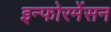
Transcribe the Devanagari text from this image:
इन्फोरमेंसन